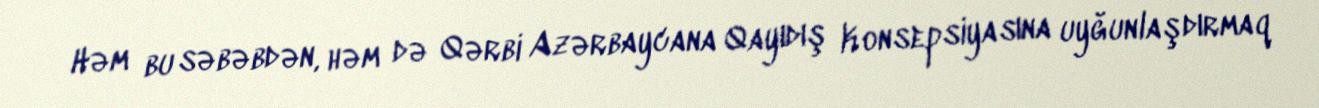
Həm bu səbəbdən, həm də Qərbi Azərbaycana Qayıdış Konsepsiyasına uyğunlaşdırmaq